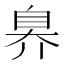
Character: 𬛬